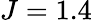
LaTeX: J=1.4